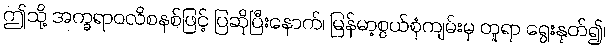
ဤသို့ အက္ခရာဝလိစနစ်ဖြင့် ပြဆိုပြီးနောက်၊ မြန်မာ့စွယ်စုံကျမ်းမှ တူရာ ရွေးနုတ်၍၊